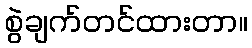
စွဲချက်တင်ထားတာ။